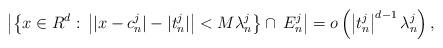
LaTeX: \begin{align*}\left|\left\{x\in R^d:\,\left||x-c^j_n|-|t^j_n|\right|<M\lambda^j_n\right\}\cap\, E^j_n\right|=o\left(\left|t^j_n\right|^{d-1}\lambda^j_n\right),\end{align*}